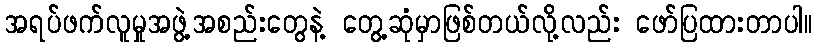
အရပ်ဖက်လူမှုအဖွဲ့အစည်းတွေနဲ့ တွေ့ဆုံမှာဖြစ်တယ်လို့လည်း ဖော်ပြထားတာပါ။